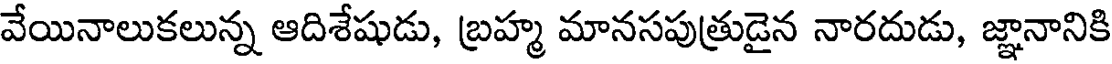
వేయినాలుకలున్న ఆదిశేషుడు, బ్రహ్మ మానసపుత్రుడైన నారదుడు, జ్ఞానానికి